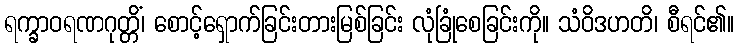
ရက္ခာဝရဏဂုတ္တိံ၊ စောင့်ရှောက်ခြင်းတားမြစ်ခြင်း လုံခြုံစေခြင်းကို။ သံဝိဒဟတိ၊ စီရင်၏။